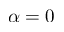
\alpha = 0